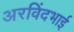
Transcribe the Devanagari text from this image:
अरविंदभाई